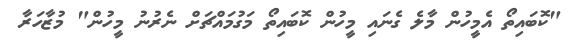
"ކޮބައިތޯ އެމީހުން މާލެ ގެނައި މީހުން ކޮބައިތޯ މަގުމައްޗަށް ނެރުނު މީހުން" މުޒާހަރާ